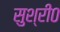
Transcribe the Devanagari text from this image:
सुश्री०